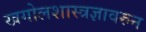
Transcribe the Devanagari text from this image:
खगोलशास्त्रज्ञावरुन